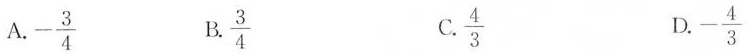
A.-\frac{3}{4} B.\frac{3}{4} C.\frac{4}{3} D.-\frac{4}{3}